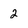
Character: 2